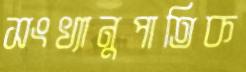
সংখ্যানুপাতিক